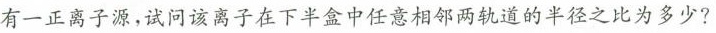
有一正离子源，试问该离子在下半盒中任意相邻两轨道的半径之比为多少?